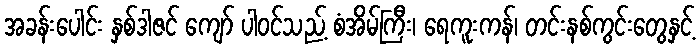
အခန်းပေါင်း နှစ်ဒါဇင် ကျော် ပါဝင်သည့် စံအိမ်ကြီး၊ ရေကူးကန်၊ တင်းနစ်ကွင်းတွေနှင့်